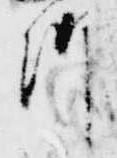
御